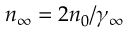
n _ { \infty } = 2 n _ { 0 } / \gamma _ { \infty }